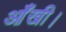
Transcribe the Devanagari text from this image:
आँखी।